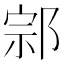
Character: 𨛱